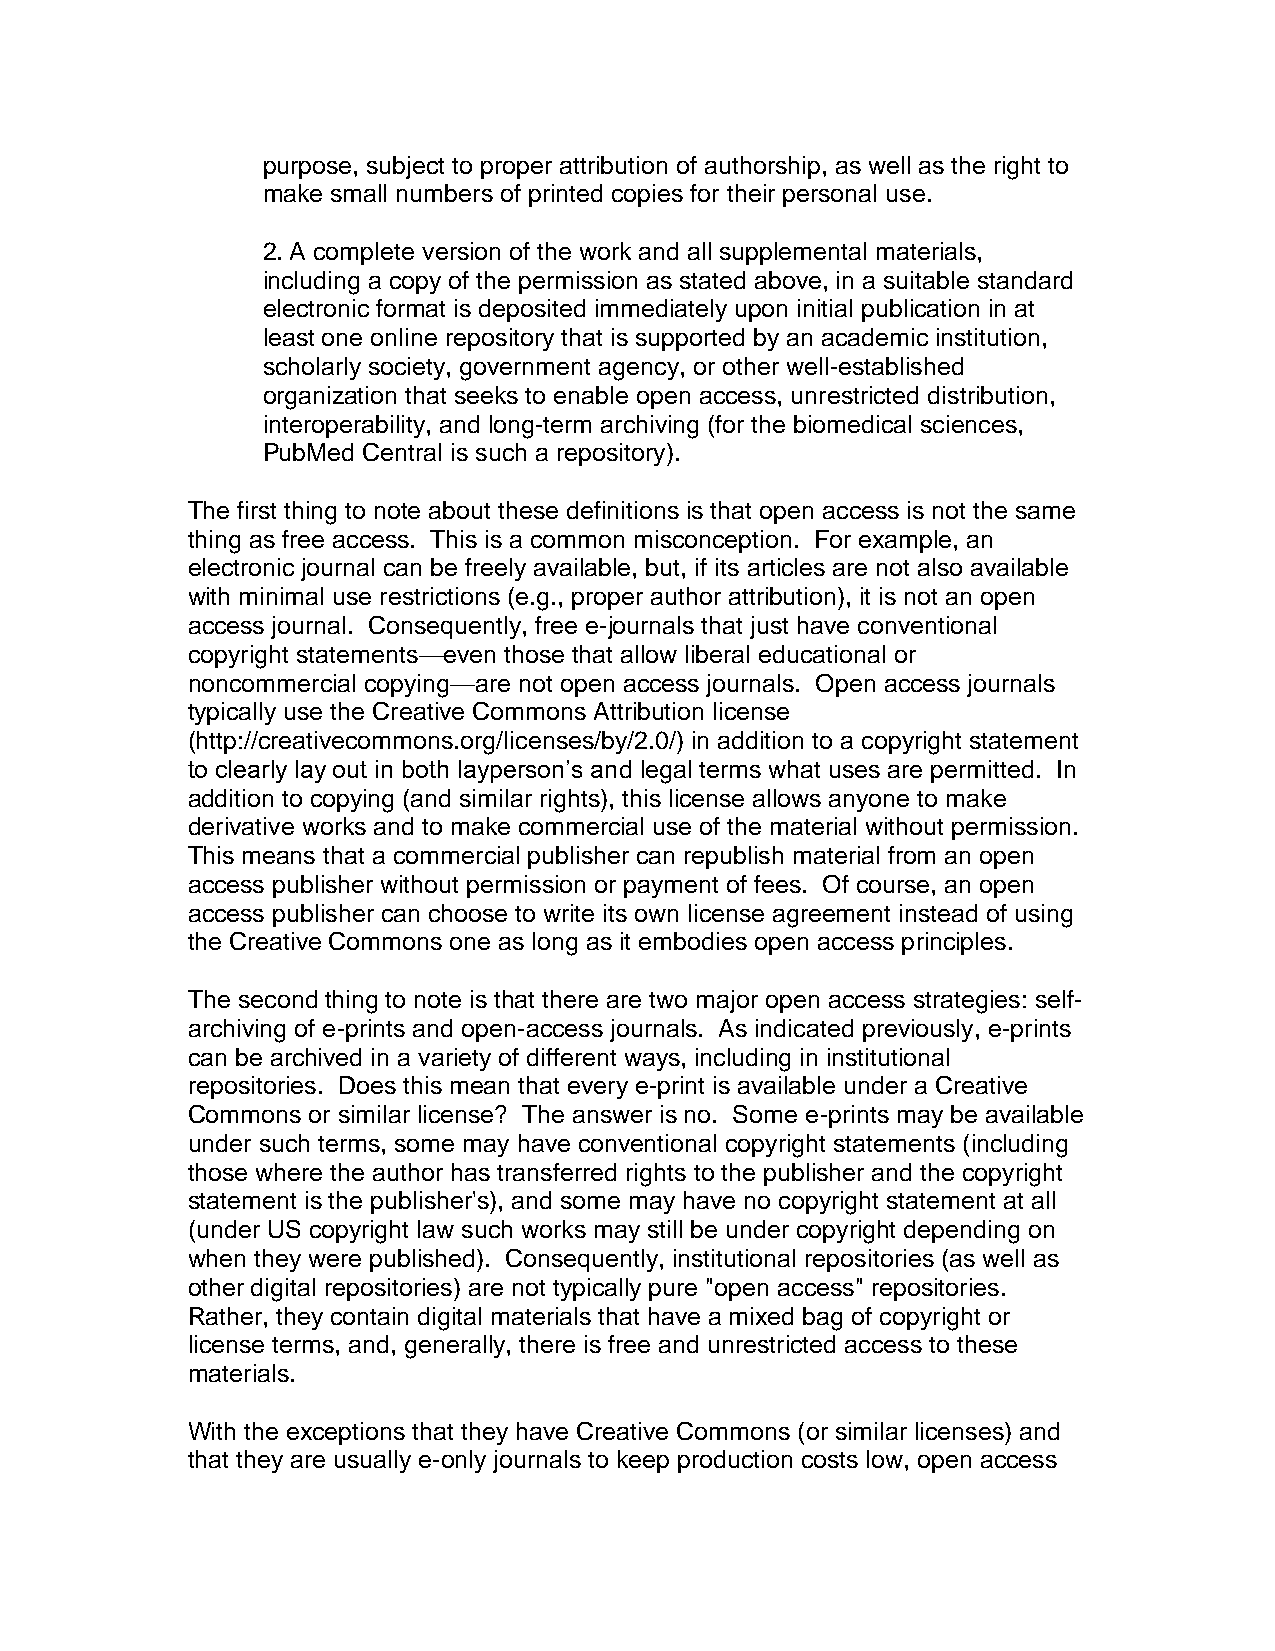
purpose, subject to proper attribution of authorship, as well as the right to
 make small numbers of printed copies for their personal use.
 2. A complete version of the work and all supplemental materials,
 including a copy of the permission as stated above, in a suitable standard
 electronic format is deposited immediately upon initial publication in at
 least one online repository that is supported by an academic institution,
 scholarly society, government agency, or other well-established
 organization that seeks to enable open access, unrestricted distribution,
 interoperability, and long-term archiving (for the biomedical sciences,
 PubMed Central is such a repository).
 The first thing to note about these definitions is that open access is not the same
 thing as free access. This is a common misconception. For example, an
 electronic journal can be freely available, but, if its articles are not also available
 with minimal use restrictions (e.g., proper author attribution), it is not an open
 access journal. Consequently, free e-journals that just have conventional
 copyright statements—even those that allow liberal educational or
 noncommercial copying—are not open access journals. Open access journals
 typically use the Creative Commons Attribution license
 (http://creativecommons.org/licenses/by/2.0/) in addition to a copyright statement
 to clearly lay out in both layperson’s and legal terms what uses are permitted. In
 addition to copying (and similar rights), this license allows anyone to make
 derivative works and to make commercial use of the material without permission.
 This means that a commercial publisher can republish material from an open
 access publisher without permission or payment of fees. Of course, an open
 access publisher can choose to write its own license agreement instead of using
 the Creative Commons one as long as it embodies open access principles.
 The second thing to note is that there are two major open access strategies: self-
 archiving of e-prints and open-access journals. As indicated previously, e-prints
 can be archived in a variety of different ways, including in institutional
 repositories. Does this mean that every e-print is available under a Creative
 Commons or similar license? The answer is no. Some e-prints may be available
 under such terms, some may have conventional copyright statements (including
 those where the author has transferred rights to the publisher and the copyright
 statement is the publisher's), and some may have no copyright statement at all
 (under US copyright law such works may still be under copyright depending on
 when they were published). Consequently, institutional repositories (as well as
 other digital repositories) are not typically pure "open access" repositories.
 Rather, they contain digital materials that have a mixed bag of copyright or
 license terms, and, generally, there is free and unrestricted access to these
 materials.
 With the exceptions that they have Creative Commons (or similar licenses) and
 that they are usually e-only journals to keep production costs low, open access